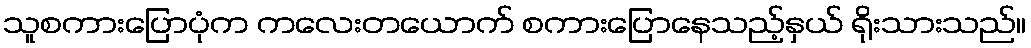
သူစကားပြောပုံက ကလေးတယောက် စကားပြောနေသည့်နှယ် ရိုးသားသည်။